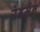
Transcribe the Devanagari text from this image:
रेडमैन